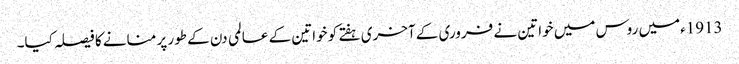
1913ءمیں روس میں خواتین نے فروری کے آخری ہفتے کو خواتین کے عالمی دن کے طور پر منانے کا فیصلہ کیا۔